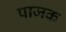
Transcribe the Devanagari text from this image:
पाजक